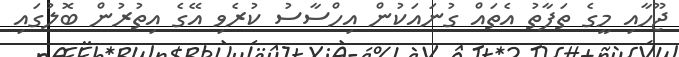
ޖޫހާއި މީގެ ތަފާތު އެތައް ގުނައަކުން އިހްސާސު ކުރެވި އޭގެ އިތުރުން ބޮލުގައި